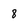
Character: 8